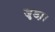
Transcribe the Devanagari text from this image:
जुडा़।